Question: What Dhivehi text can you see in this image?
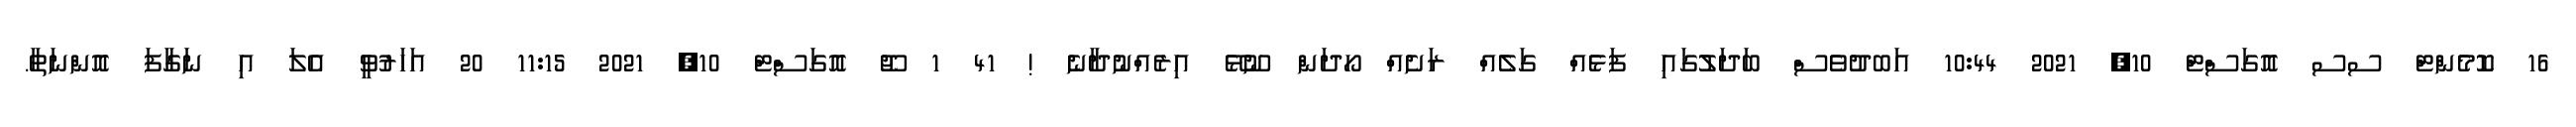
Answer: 16 ކޮމެންޓް ސސ އޮގަސްޓް 10, 2021 10:44 އަބދުވެސް ބަދަލުގައި ފަޅެއް ގަލެއް ރަށެއް ހޯދަން ނޫޅޭ އިރެއްނުދާނެ ! 41 1 ޖޫ އޮގަސްޓް 10, 2021 11:15 20 އަހަރުވީ އެލަ އި ނަގާފަ އޮންނަތާ.